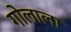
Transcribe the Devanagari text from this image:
गोलाला